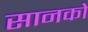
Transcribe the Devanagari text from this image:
सानको